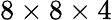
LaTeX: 8\times 8\times 4